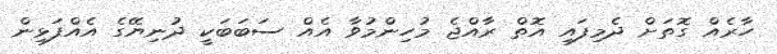
ހާރެއް ގޮތަށް ދެމިފައި އޮތް ރާއްޖެ މުހިންމުވާ އެއް ސަބަބަކީ ދުނިޔޭގެ އެއްފަޅިން